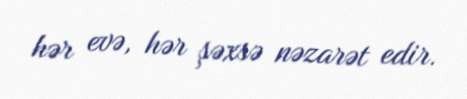
hər evə, hər şəxsə nəzarət edir.